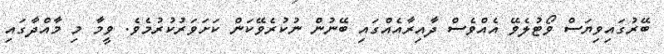
ބޭރުގައިވިޔަސް ވޯޓުލެވޭ އެއްވެސް ދާއިރާއެއްގައި ބޭނުން ނުކުރެވޭކަން ކަށަވަރުކުރުމެވެ. ވީމާ މި މާއްދާގައި